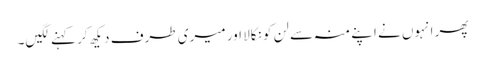
پھر انہوں نے اپنے منہ سے لن کو نکالا اور میری طرف دیکھ کر کہنے لگیں۔